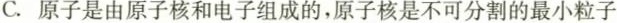
C.原子是由原子核和电子组成的，原子核是不可分割的最小粒子